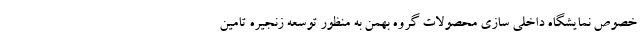
خصوص نمایشگاه داخلی سازی محصولات گروه بهمن به منظور توسعه زنجیره تامین